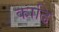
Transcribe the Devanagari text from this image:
काढि